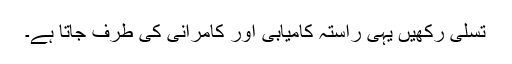
تسلی رکھیں یہی راستہ کامیابی اور کامرانی کی طرف جاتا ہے۔